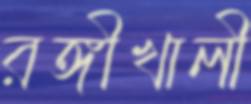
রঙ্গীখালী